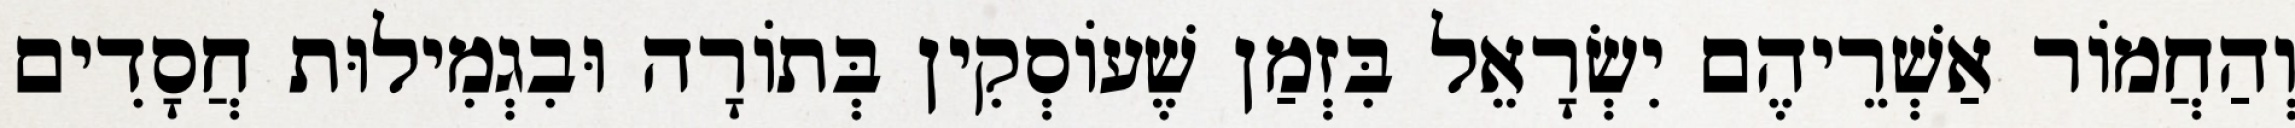
וְהַחֲמוֹר אַשְׁרֵיהֶם יִשְׂרָאֵל בִּזְמַן שֶׁעוֹסְקִין בְּתוֹרָה וּבִגְמִילוּת חֲסָדִים